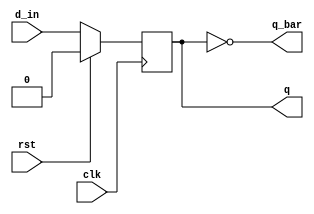
`timescale 1ns / 1ps
//////////////////////////////////////////////////////////////////////////////////
// Company: 
// Engineer: 
// 
// Design Name: 
// Module Name: d_ff
// Project Name: 
// Target Devices: 
// Tool Versions: 
// Description: 
// 
// Dependencies: 
// 
// Revision:
// Revision 0.01 - File Created
// Additional Comments:
// 
//////////////////////////////////////////////////////////////////////////////////


module d_ff(
    input d_in,clk,rst,
    output reg q,
    output q_bar
    );
    assign q_bar=~q;
    always@(posedge clk)
      begin
        if(rst)
          begin
            q<=0;
          end
        else
         begin
          q<=d_in;
         end
      end
endmodule